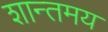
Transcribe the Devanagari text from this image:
शान्तमय